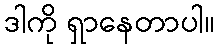
ဒါကို ရှာနေတာပါ။